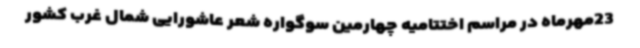
23مهرماه در مراسم اختتامیه چهارمین سوگواره شعر عاشورایی شمال غرب کشور